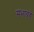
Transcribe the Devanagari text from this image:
सभाग्रहे